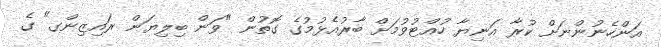
އަންހެނުންނަށް ކުރާ އަނިޔާ ހުއްޓުވުމަށް ބާރުއެޅުމުގެ ގޮތުން "ވަން ބިލިޔަން ރައިޒިންގ" ގެ